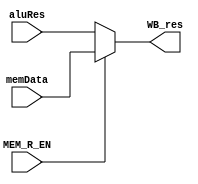
module WB_Stg (MEM_R_EN, memData, aluRes, WB_res);
  input MEM_R_EN;
  input [31:0] memData, aluRes;
  output [31:0] WB_res;

  assign WB_res = (MEM_R_EN) ? memData : aluRes;
endmodule